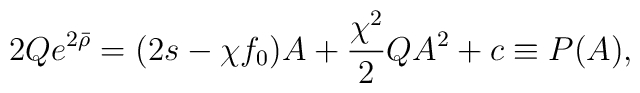
2Q e^{2\bar{\rho}}=(2s-\chi f_0) A +\frac{\chi^2}{2}Q A^2+c\equiv P(A),